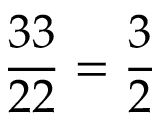
{ \frac { 3 3 } { 2 2 } } = { \frac { 3 } { 2 } }